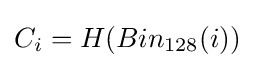
C_{i}=H(Bin_{128}(i))